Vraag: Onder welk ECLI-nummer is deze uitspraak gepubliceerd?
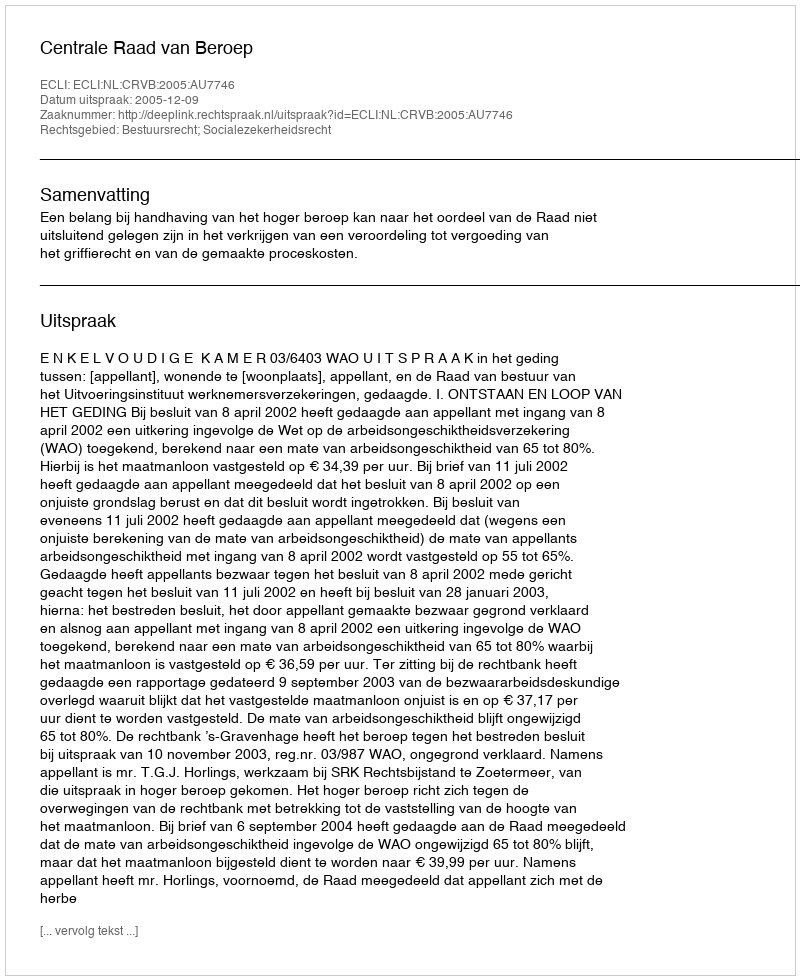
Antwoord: ECLI:NL:CRVB:2005:AU7746